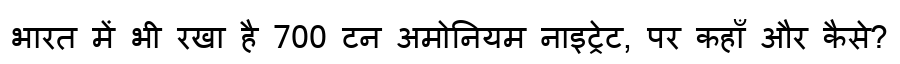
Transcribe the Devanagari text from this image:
भारत में भी रखा है 700 टन अमोनियम नाइट्रेट, पर कहाँ और कैसे?